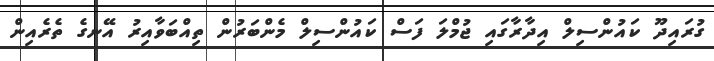
ގުރައިދޫ ކައުންސިލް އިދާރާގައި ޖުމްލަ ފަސް ކައުންސިލް މެންބަރުން ތިއްބަވާއިރު އޭނގެ ތެރެއިން